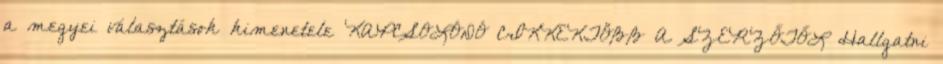
a megyei választások kimenetele KAPCSOLÓDÓ CIKKEKTÖBB A SZERZŐTŐL Hallgatni